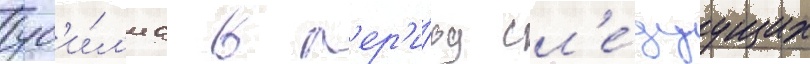
ус'и́л'иа в п'ер'и́од сл'е́дуущих